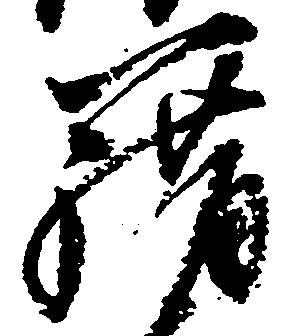
籍